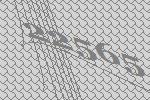
22565